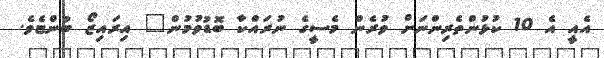
އެއީ އެ 10 ކުޅުންތެރިންނަށް ވުރެން މެސީގެ ނުރައްކާ ބޮޑުވުމުން" އިރައިޒޯ ބުންޏެވެ.